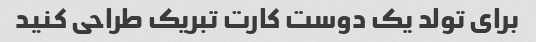
برای تولد یک دوست کارت تبریک طراحی کنید